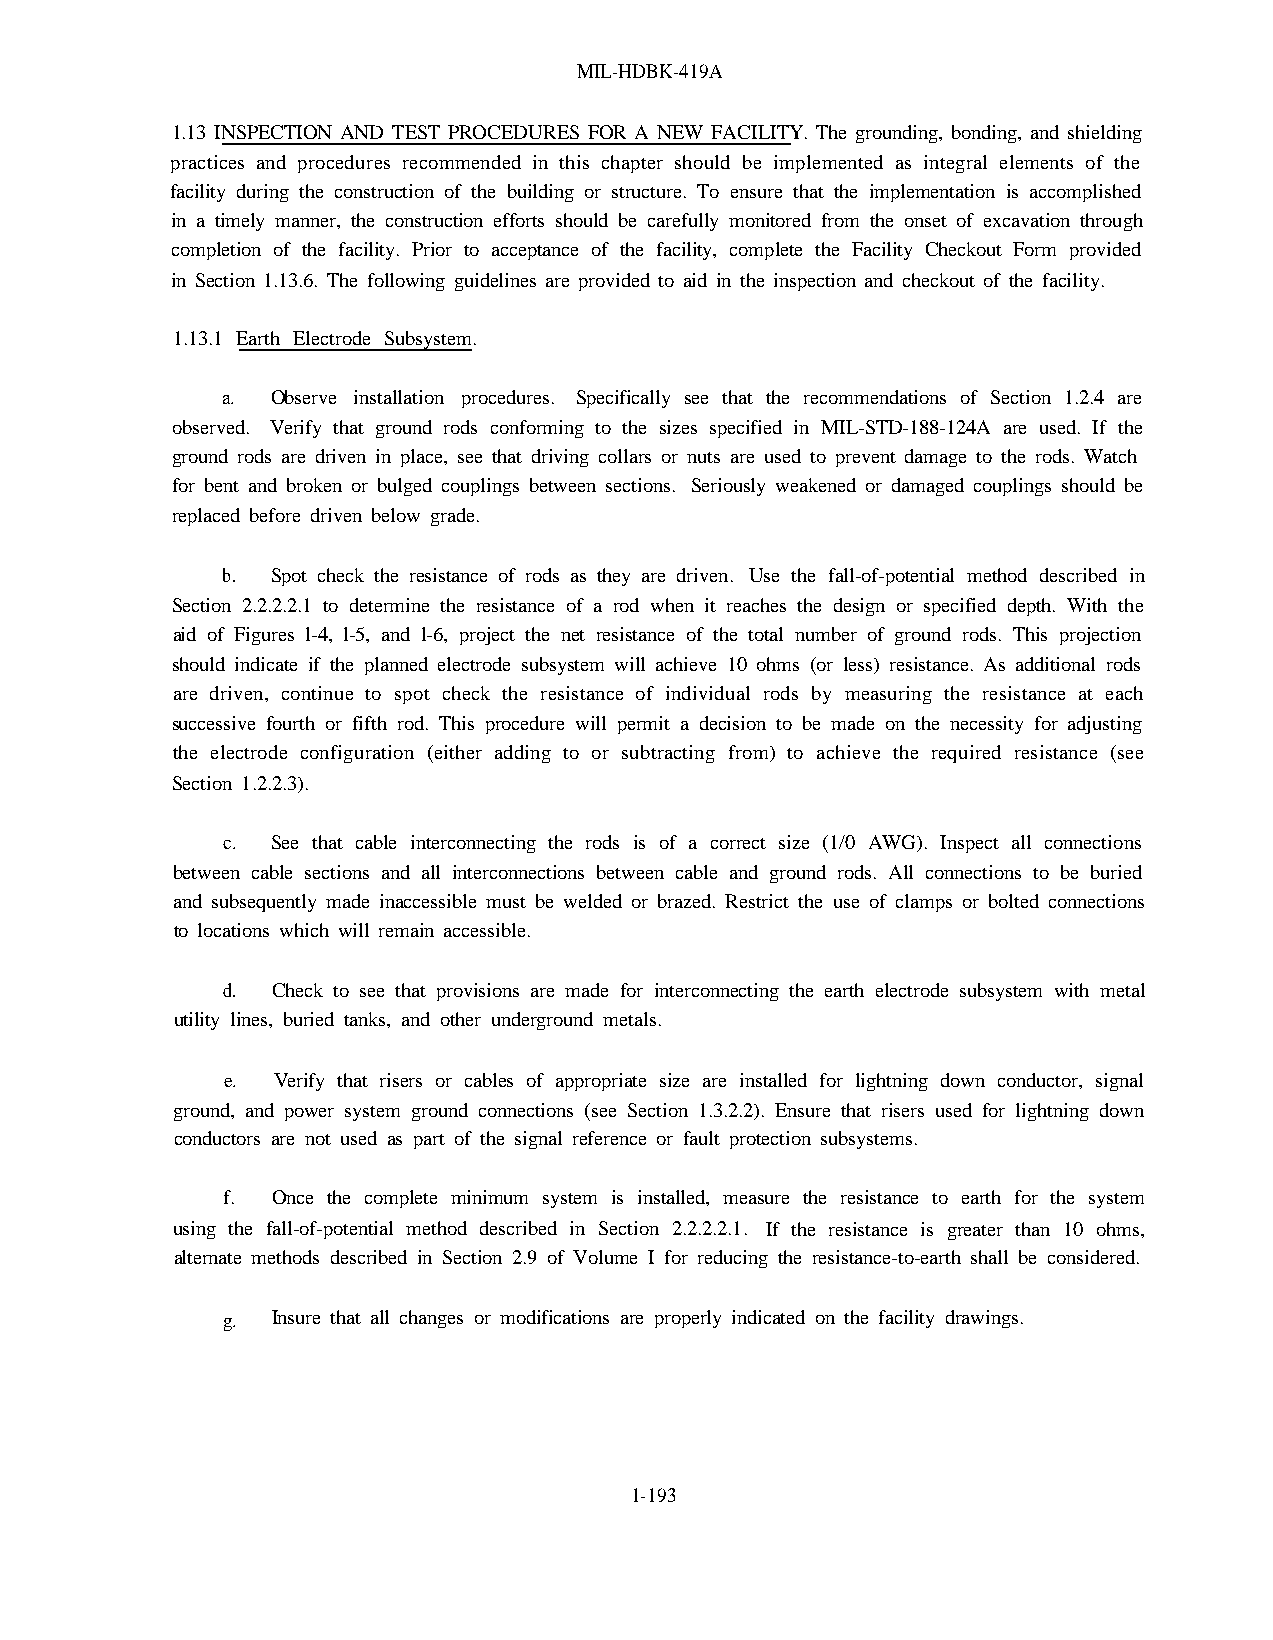
MIL-HDBK-419A
 1.13 INSPECTION AND TEST PROCEDURES FOR A NEW FACILITY. The grounding, bonding, and shielding
 practices and procedures recommended in this chapter should be implemented as integral elements of the
 facility during the construction of the building or structure. To ensure that the implementation is accomplished
 in a timely manner, the construction efforts should be carefully monitored from the onset of excavation through
 completion of the facility. Prior to acceptance of the facility, complete the Facility Checkout Form provided
 in Section 1.13.6. The following guidelines are provided to aid in the inspection and checkout of the facility.
 1.13.1 Earth Electrode Subsystem.
 a. Observe installation procedures. Specifically see that the recommendations of Section 1.2.4 are
 observed. Verify that ground rods conforming to the sizes specified in MIL-STD-188-124A are used. If the
 ground rods are driven in place, see that driving collars or nuts are used to prevent damage to the rods. Watch
 for bent and broken or bulged couplings between sections. Seriously weakened or damaged couplings should be
 replaced before driven below grade.
 b. Spot check the resistance of rods as they are driven. Use the fall-of-potential method described in
 Section 2.2.2.2.1 to determine the resistance of a rod when it reaches the design or specified depth. With the
 aid of Figures l-4, l-5, and l-6, project the net resistance of the total number of ground rods. This projection
 should indicate if the planned electrode subsystem will achieve 10 ohms (or less) resistance. As additional rods
 are driven, continue to spot check the resistance of individual rods by measuring the resistance at each
 successive fourth or fifth rod. This procedure will permit a decision to be made on the necessity for adjusting
 the electrode configuration (either adding to or subtracting from) to achieve the required resistance (see
 Section 1.2.2.3).
 c. See that cable interconnecting the rods is of a correct size (1/0 AWG). Inspect all connections
 between cable sections and all interconnections between cable and ground rods. All connections to be buried
 and subsequently made inaccessible must be welded or brazed. Restrict the use of clamps or bolted connections
 to locations which will remain accessible.
 d. Check to see that provisions are made for interconnecting the earth electrode subsystem with metal
 utility lines, buried tanks, and other underground metals.
 e. Verify that risers or cables of appropriate size are installed for lightning down conductor, signal
 ground, and power system ground connections (see Section 1.3.2.2). Ensure that risers used for lightning down
 conductors are not used as part of the signal reference or fault protection subsystems.
 f. Once the complete minimum system is installed, measure the resistance to earth for the system
 using the fall-of-potential method described in Section 2.2.2.2.1. If the resistance is greater than 10 ohms,
 alternate methods described in Section 2.9 of Volume I for reducing the resistance-to-earth shall be considered.
 g. Insure that all changes or modifications are properly indicated on the facility drawings.
 1-193